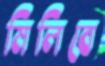
মিলিবে